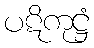
ပဋိကုဋ္ဌံ